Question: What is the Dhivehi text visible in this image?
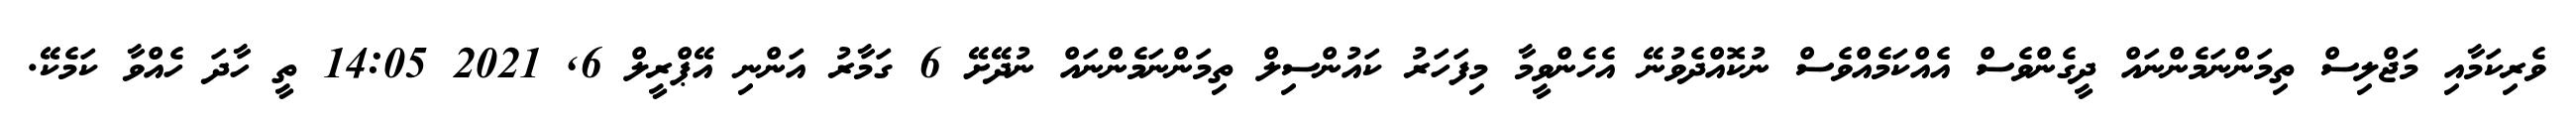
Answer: ވެރިކަމާއި މަޖްލިސް ތިމަންނަމެންނައް ދީގެންވެސް އެއްކަމެއްވެސް ނުކޮއްދެވުނޭ އެހެންވީމާ މިފަހަރު ކައުންސިލް ތިމަންނަމެންނައް ނުދޭށޭ 6 ގަމާރު އަންނި އޭޕްރީލް 6, 2021 14:05 ތީ ހާދަ ހެއްވާ ކަމެކޭ.